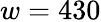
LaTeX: w=430